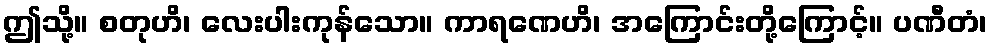
ဤသို့။ စတုဟိ၊ လေးပါးကုန်သော။ ကာရဏေဟိ၊ အကြောင်းတို့ကြောင့်။ ပဏီတံ၊